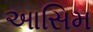
આસિમ